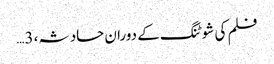
فلم کی شوٹنگ کے دوران حادثہ، 3…